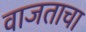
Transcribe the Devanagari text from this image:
वाजताचा